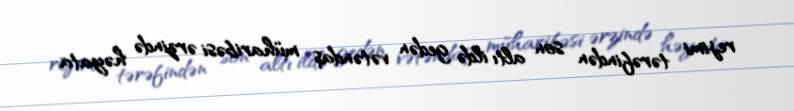
rejimi tərəfindən son altı ildə gedən vətəndaş müharibəsi ərzində həyata